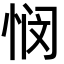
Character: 悯